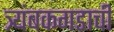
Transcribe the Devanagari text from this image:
त्र्यंबकगडाची